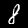
Label: 8